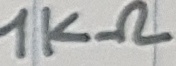
Text: 1KΩ